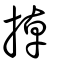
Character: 掉